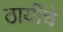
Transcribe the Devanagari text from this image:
ठायींचे